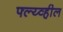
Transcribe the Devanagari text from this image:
फ्ल्य्व्हील